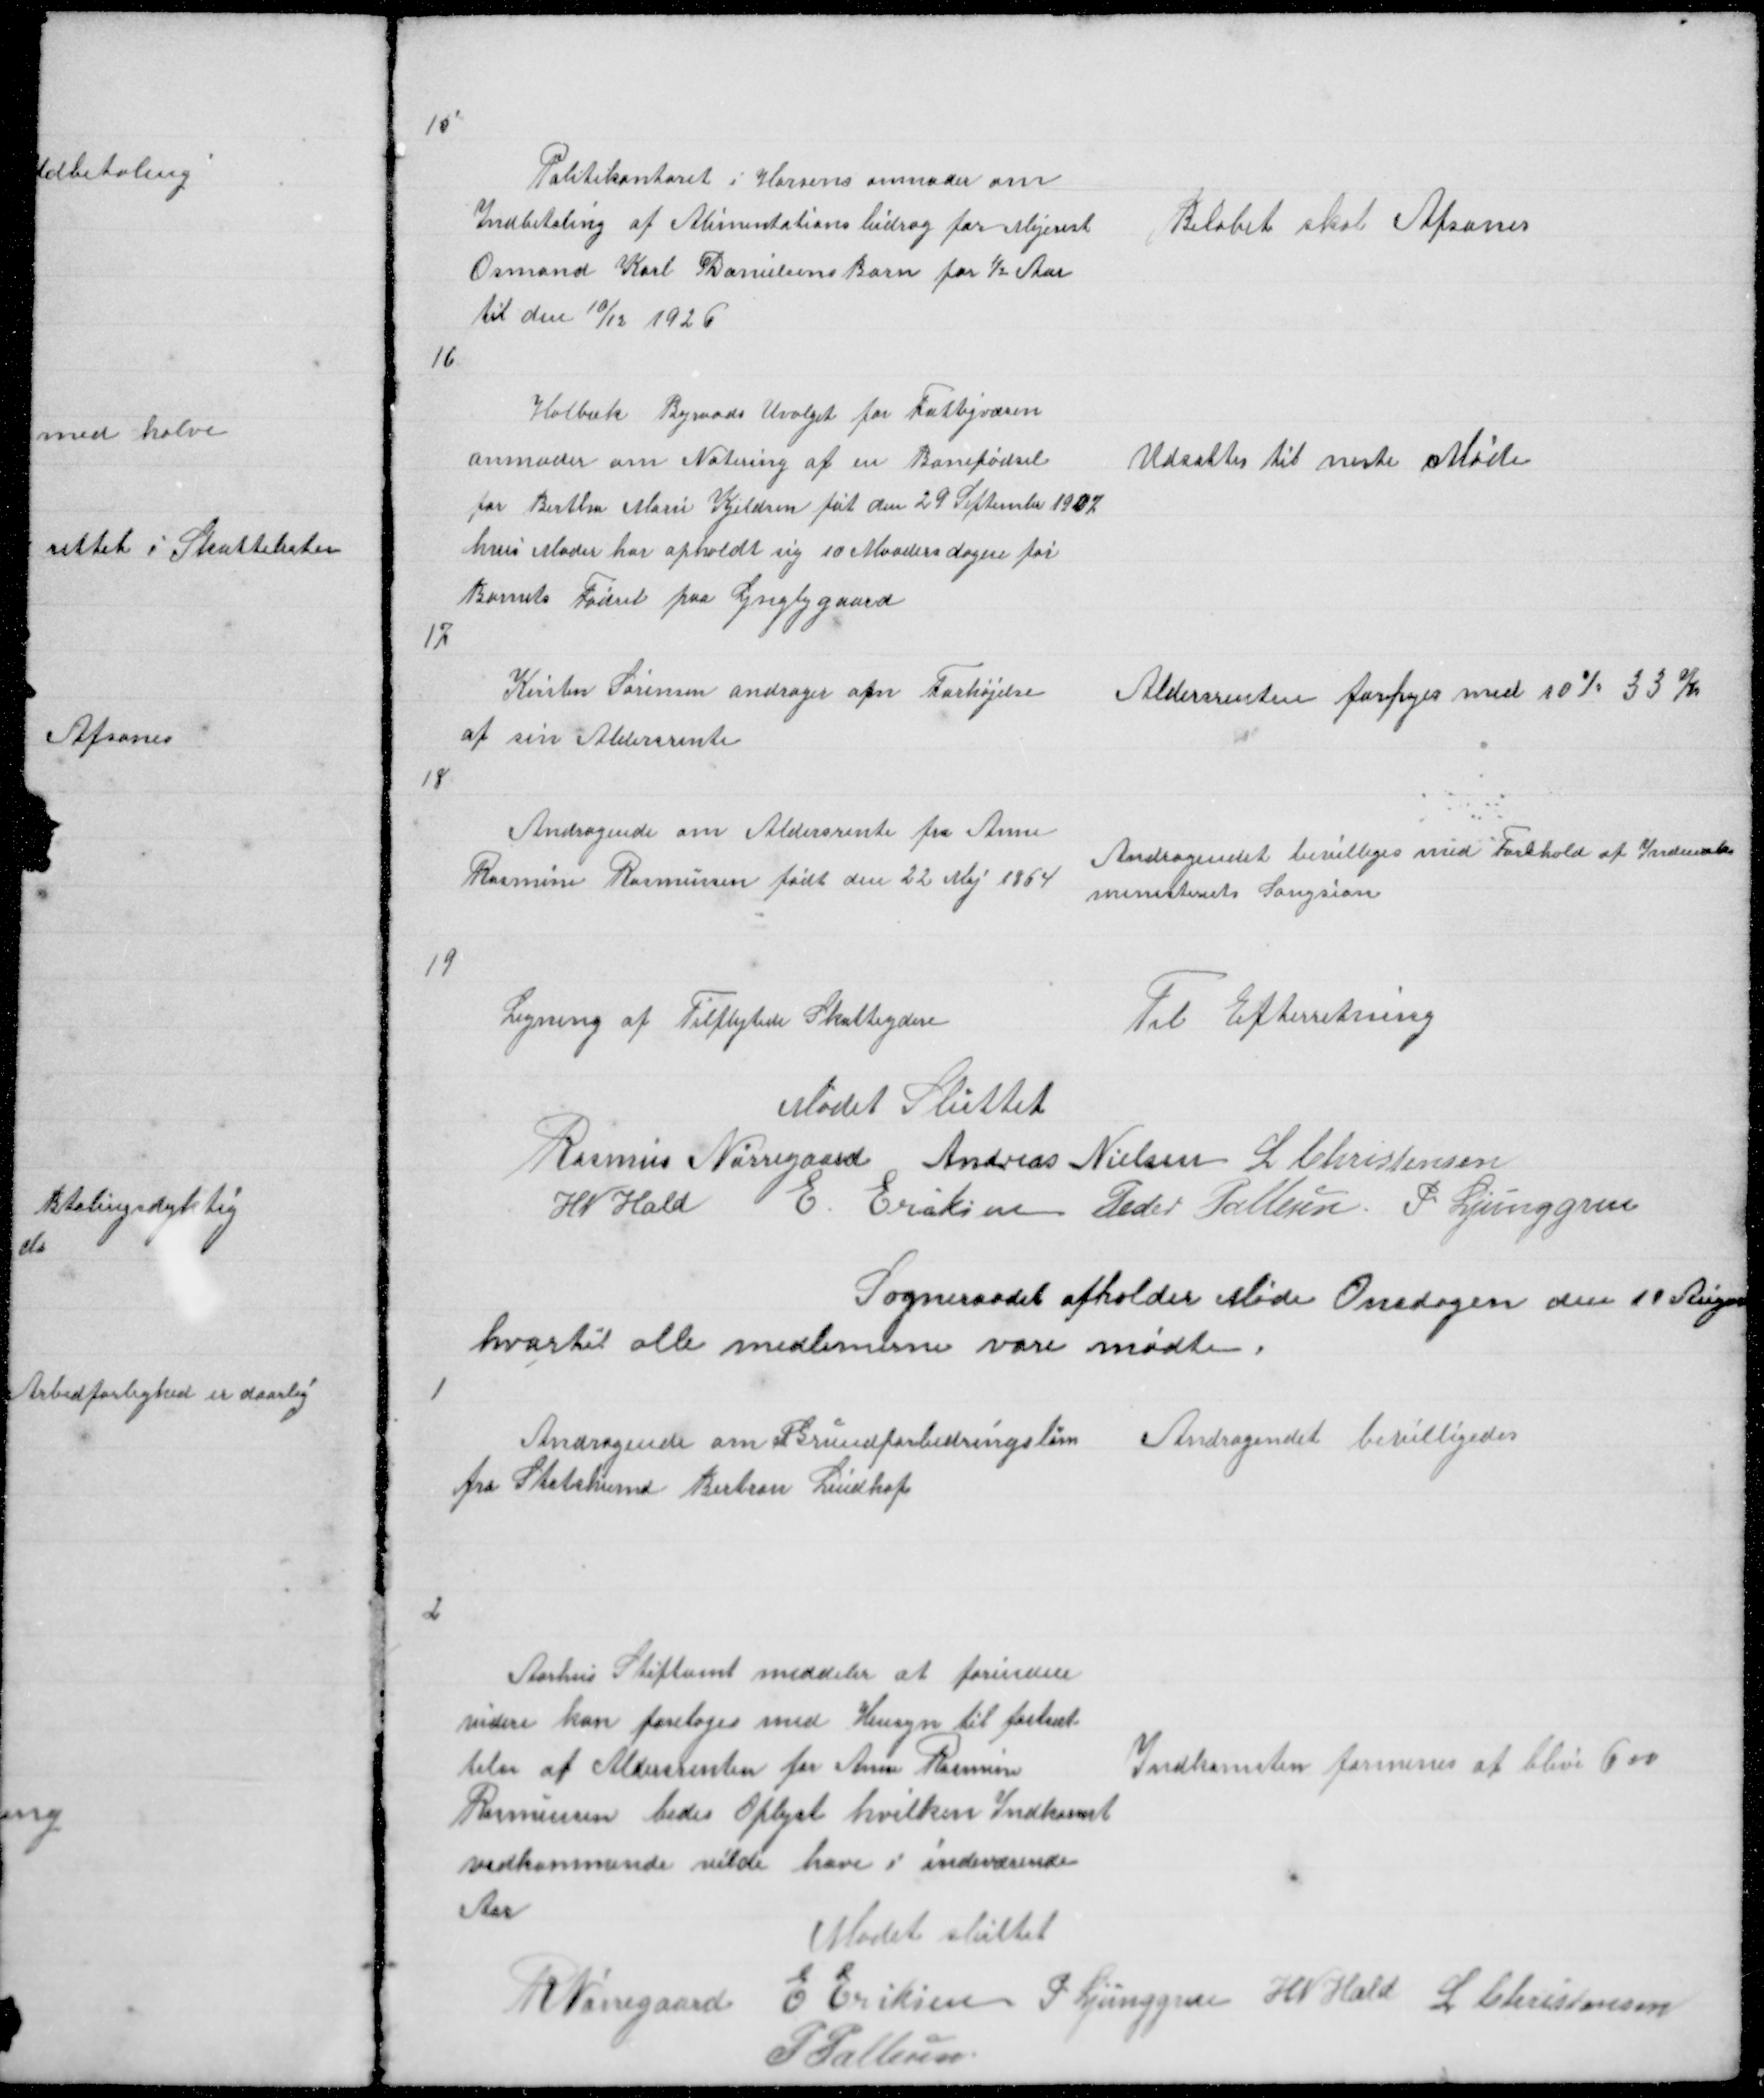
Transskription:
15

Politikontoret i Horsens anmoder om
Indbetaling af Alimentationsbidrag for
Osmand Karl Danielsens Barn for ½ Aar
til den 10/12 1926

Beløbet skal Afsones

16

Holbæk Byraads Uvalget for Fattigvæsen
anmoder om Notering af en Barnefødsel
for Bertha Marie Kjeldsen føt den 29 September 1907
hvis Moder har opholdt sig 10 Maadersdagen før
Barnets Fødsel paa Lyngbygaard
17

Udsattes til neste Møde

Kirsten Sørensen andrager om Forhøjelse
af sin Aldersrente

Aldersrenten forhøjes med 10 % 33 Kr

18

Andragende om Aldersrente for Anne
Rasmine Rasmussen født den 22 Maj 1864

Andragendet bevilliges med Forbehold af Indenriks
ministeriets Sangsion

19

Ligning af Tilflytede Skatteydere

Til Efterretning

Mødet Sluttet
Rasmus Nørregaard Andreas Nielsen L Christensen
H N Hald E Eriksen Peder Pallesen P. Ljunggren
Sogneraadet afholder Møde Onsdagen den 11 August
hvortil alle medlemerne vare mødte.

1

Andragende om Grundforbedringslaan
fra Statshusmd Bertran Lindhof

Andragendet bevilligedes

2

Aarhus Stiftamt meddeler at forinden
videre kan foretages med Hensyn til fastsæt
telse af Aldersrente for Anne Rasmine
Rasmussen bedes Oplyst hvilken Indkomst
vedkommende vilde have i indeværende
Aar
Mødet sluttet

Indkomsten formenes at blive 600

R Nørregaard E Eriksen P Ljunggren H N Hald L Christensen
P Pallesen